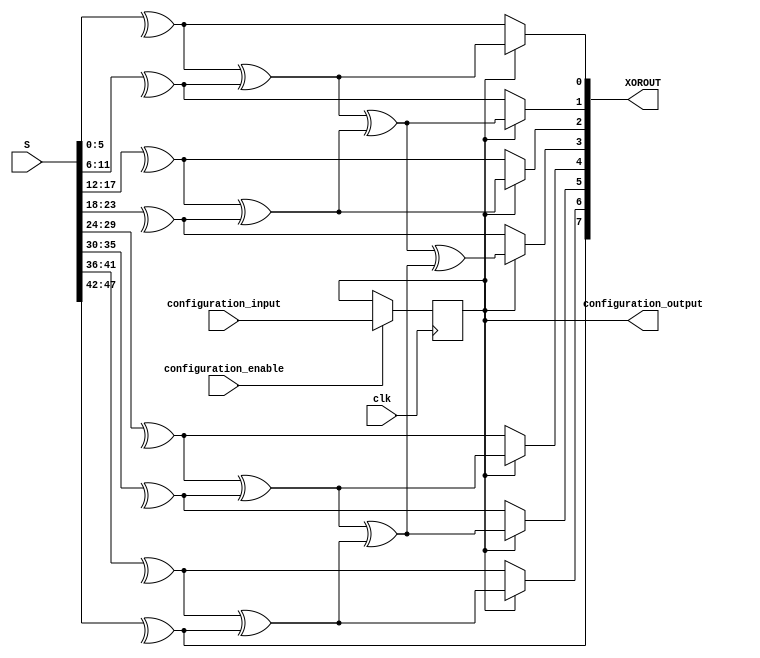
/*****************************************************************
*	Configuration bits order :
*			XORSIMD <= configuration_input;
*			onfiguration_output = XORSIMD;
*****************************************************************/
`timescale 1 ns / 100 ps  
module wide_xor_block (
		input clk,
	
		input [47:0] S,
		output [7:0] XOROUT,
		
		input configuration_input,
		input configuration_enable,
		output configuration_output
	);
	
	// configuring bits
	reg XORSIMD;
		
	always@(posedge clk)begin
		if (configuration_enable)begin
			XORSIMD <= configuration_input;
		end
	end
	assign configuration_output = XORSIMD;
	
	
	// wide_xor_block
	wire XOR12A;
	wire XOR12B;
	wire XOR12C;
	wire XOR12D;
	wire XOR12E;
	wire XOR12F;
	wire XOR12G;
	wire XOR12H;
	
	wire XOR24A;
	wire XOR24B;
	wire XOR24C;
	wire XOR24D;
	
	wire XOR48A;
	wire XOR48B;
	
	wire XOR96;
	
	
	assign XOR12A = ^S[5:0];//XOR bit by bit
	assign XOR12B = ^S[11:6];
	assign XOR12C = ^S[17:12];
	assign XOR12D = ^S[23:18];
	assign XOR12E = ^S[29:24];
	assign XOR12F = ^S[35:30];
	assign XOR12G = ^S[41:36];
	assign XOR12H = ^S[47:42];
	
	
	assign XOR24A = XOR12A ^ XOR12B;
	assign XOR24B = XOR12C ^ XOR12D;
	assign XOR24C = XOR12E ^ XOR12F;
	assign XOR24D = XOR12G ^ XOR12H;
	
	assign XOR48A = XOR24A ^ XOR24B;
	assign XOR48B = XOR24C ^ XOR24D;
	
	assign XOR96 = XOR48A ^ XOR48B;
	
	assign XOROUT[0] = (XORSIMD)	? XOR24A	: XOR12A;
	assign XOROUT[1] = (XORSIMD)	? XOR48A	: XOR12B;
	assign XOROUT[2] = (XORSIMD)	? XOR24B	: XOR12C;
	assign XOROUT[3] = (XORSIMD)	? XOR96  	: XOR12D;
	assign XOROUT[4] = (XORSIMD)	? XOR24C	: XOR12E;
	assign XOROUT[5] = (XORSIMD)	? XOR48B	: XOR12F;
	assign XOROUT[6] = (XORSIMD)	? XOR24D	: XOR12G;
	assign XOROUT[7] = XOR12H;
endmodule